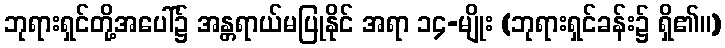
ဘုရားရှင်တို့အပေါ်၌ အန္တရာယ်မပြုနိုင် အရာ ၁၄-မျိုး (ဘုရားရှင်ခန်း၌ ရှိ၏။)